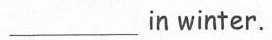
___in winter.